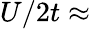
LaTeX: U/2t\approx